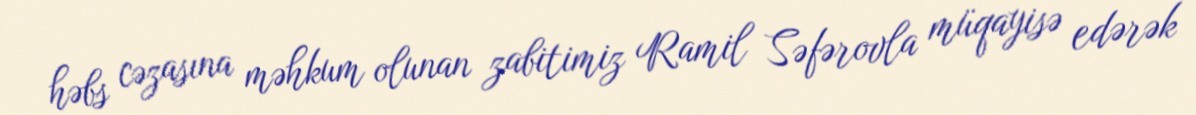
həbs cəzasına məhkum olunan zabitimiz Ramil Səfərovla müqayisə edərək